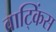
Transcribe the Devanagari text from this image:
वाट्किंस